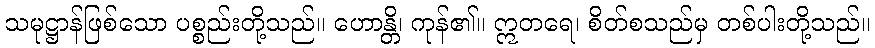
သမုဋ္ဌာန်ဖြစ်သော ပစ္စည်းတို့သည်။ ဟောန္တိ၊ ကုန်၏။ ဣတရေ၊ စိတ်စသည်မှ တစ်ပါးတို့သည်။